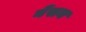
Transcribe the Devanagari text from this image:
नेंसन